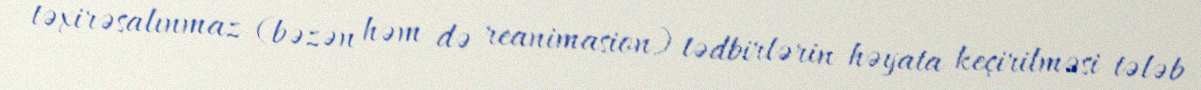
təxirəsalınmaz (bəzən həm də reanimasion) tədbirlərin həyata keçirilməsi tələb